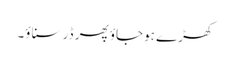
کھڑے ہوجاؤ پھر ڈر سناؤ۔